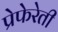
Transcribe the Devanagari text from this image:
प्रेफेरेती